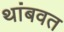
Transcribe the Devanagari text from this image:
थांबवत